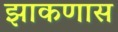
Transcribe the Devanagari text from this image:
झाकणास